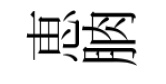
恵朒